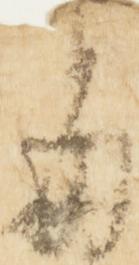
毎